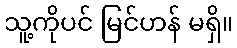
သူ့ကိုပင် မြင်ဟန် မရှိ။